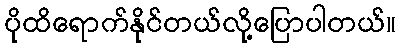
ပိုထိရောက်နိုင်တယ်လို့ပြောပါတယ်။